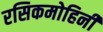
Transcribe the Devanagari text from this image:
रसिकमोहिनी